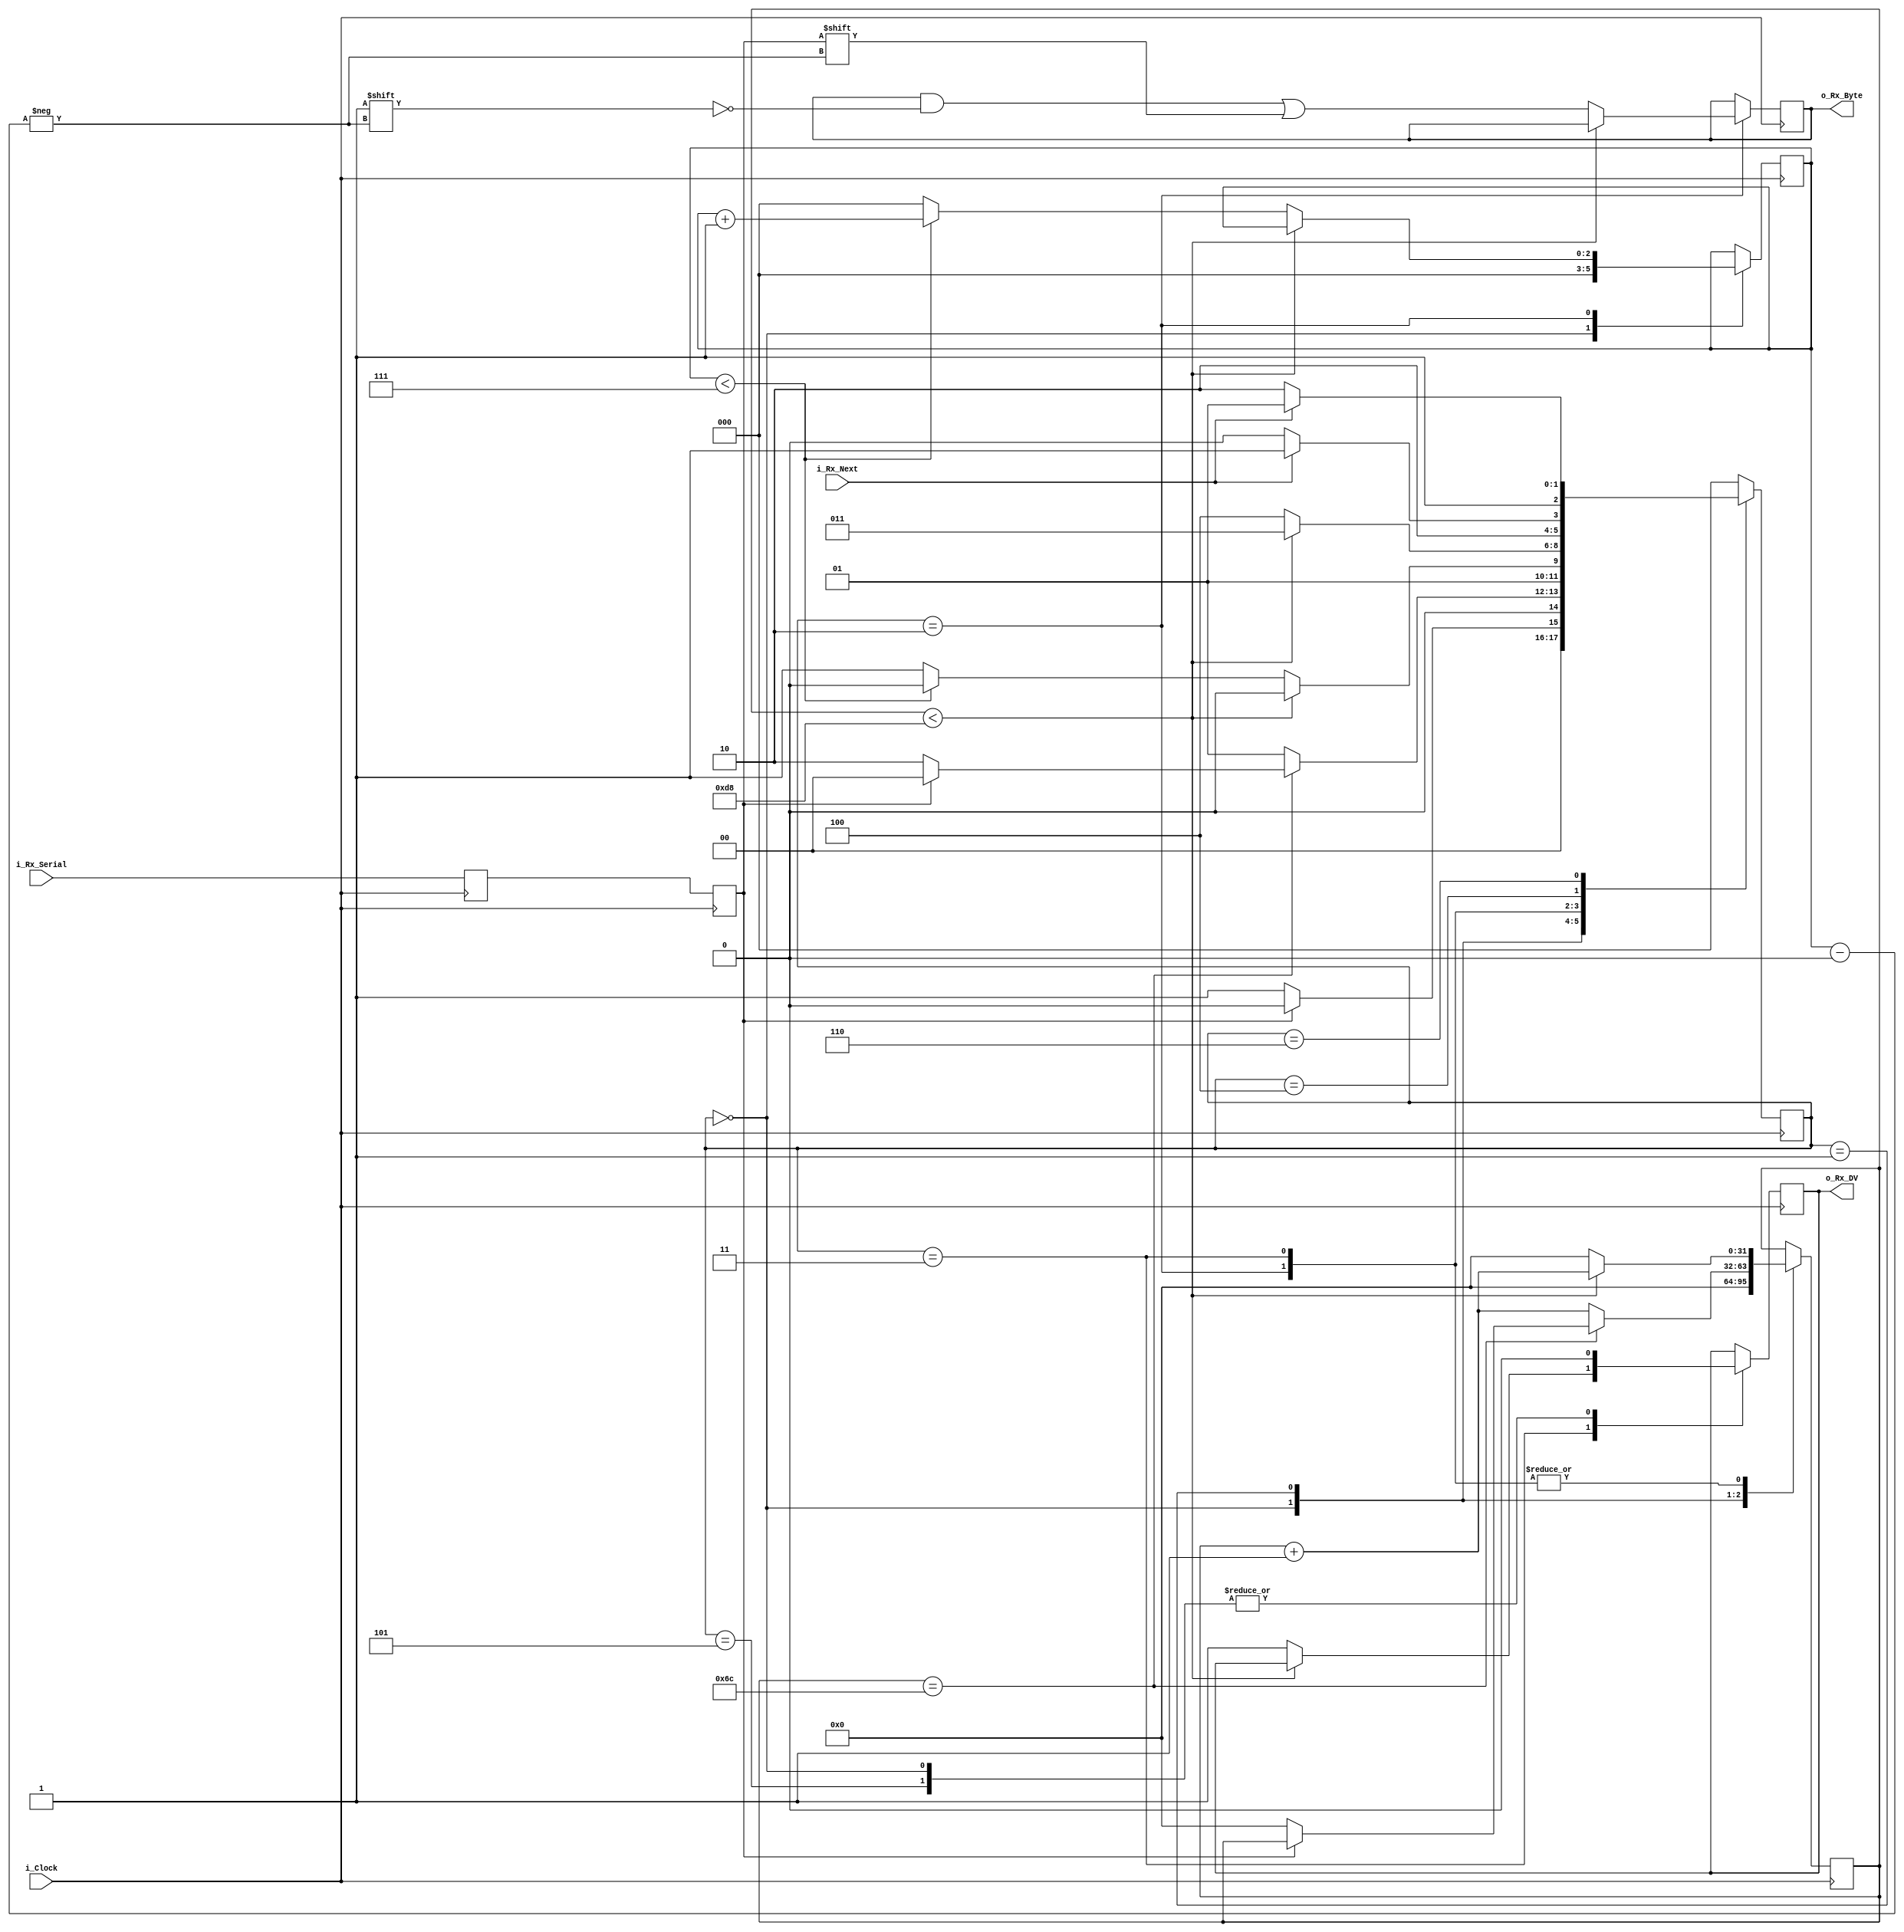
module uart_rx 
  #(parameter CLKS_PER_BIT = 217)  //217
  (
   input        i_Clock,            // Connect to memory clock for better performance
   input        i_Rx_Serial,
   input        i_Rx_Next,          // Start to detect for the next if high
   output       o_Rx_DV,            // Assert when data ready
   output [7:0] o_Rx_Byte
   );
    
  localparam s_IDLE           = 3'b000;
  localparam s_RX_START_BIT   = 3'b001;
  localparam s_RX_DATA_BITS   = 3'b010;
  localparam s_RX_STOP_BIT    = 3'b011;
  localparam s_WAIT_FOR_NEXT  = 3'b100;
  localparam s_WAIT_FOR_NEXT_1  = 3'b110;
  localparam s_CLEANUP        = 3'b101;
   
  reg           r_Rx_Data_R = 1'b1;
  reg           r_Rx_Data   = 1'b1;
   
  reg [31:0]    r_Clock_Count = 0;
  reg [2:0]     r_Bit_Index   = 0; //8 bits total
  reg [7:0]     r_Rx_Byte     = 0; //bits read
  reg           r_Rx_DV       = 0;
  reg [2:0]     r_SM_Main     = 0;
   
  // Purpose: Double-register the incoming data.
  // This allows it to be used in the UART RX Clock Domain.
  // (It removes problems caused by metastability)
  always @(posedge i_Clock)
    begin
      r_Rx_Data_R <= i_Rx_Serial;
      r_Rx_Data   <= r_Rx_Data_R;
    end
   
   
  // Purpose: Control RX state machine
  always @(posedge i_Clock)
    begin
       
      case (r_SM_Main)
        s_IDLE :
          begin
            r_Rx_DV       <= 1'b0;
            r_Clock_Count <= 0;
            r_Bit_Index   <= 0;
             
            if (r_Rx_Data == 1'b0)          // Start bit detected and 
              r_SM_Main <= s_RX_START_BIT;
            else
              r_SM_Main <= s_IDLE;
          end
         
        // Check middle of start bit to make sure it's still low
        s_RX_START_BIT :
          begin
            if (r_Clock_Count == (CLKS_PER_BIT-1)/2)
              begin
                if (r_Rx_Data == 1'b0)
                  begin
                    r_Clock_Count <= 0;  // reset counter, found the middle
                    r_SM_Main     <= s_RX_DATA_BITS;
                  end
                else
                  r_SM_Main <= s_IDLE;
              end
            else
              begin
                r_Clock_Count <= r_Clock_Count + 1;
                r_SM_Main     <= s_RX_START_BIT;
              end
          end // case: s_RX_START_BIT
         
         
        // Wait CLKS_PER_BIT-1 clock cycles to sample serial data
        s_RX_DATA_BITS :
          begin
            if (r_Clock_Count < CLKS_PER_BIT-1)
              begin
                r_Clock_Count <= r_Clock_Count + 1;
                r_SM_Main     <= s_RX_DATA_BITS;
              end
            else
              begin
                r_Clock_Count          <= 0;
                r_Rx_Byte[r_Bit_Index] <= r_Rx_Data;
                 
                // Check if we have received all bits
                if (r_Bit_Index < 7)
                  begin
                    r_Bit_Index <= r_Bit_Index + 1;
                    r_SM_Main   <= s_RX_DATA_BITS;
                  end
                else
                  begin
                    r_Bit_Index <= 0;
                    r_SM_Main   <= s_RX_STOP_BIT;
                  end
              end
          end // case: s_RX_DATA_BITS
     
     
        // Receive Stop bit.  Stop bit = 1
        s_RX_STOP_BIT :
          begin
            // Wait CLKS_PER_BIT-1 clock cycles for Stop bit to finish
            // However we can call our little CPU earlier
            
            
            if (r_Clock_Count < CLKS_PER_BIT-1)
              begin
                r_Clock_Count <= r_Clock_Count + 1;
                r_SM_Main     <= s_RX_STOP_BIT;
              end
            else
              begin
                r_Clock_Count <= 0;
                r_Rx_DV           <= 1'b1;
                r_SM_Main     <= s_WAIT_FOR_NEXT;
              end
          end // case: s_RX_STOP_BIT
          
        s_WAIT_FOR_NEXT:
          begin
          
            if (i_Rx_Next)
              begin
                // Okay, we can go to CLEANUP
                r_SM_Main     <= s_CLEANUP;
              end
            else
              begin
                r_SM_Main     <= s_WAIT_FOR_NEXT;
              end
          end

        s_WAIT_FOR_NEXT_1:
          begin
            if (i_Rx_Next==1)
              begin
                // Okay, we can go to CLEANUP
                r_SM_Main     <= s_CLEANUP;
              end
            else
              begin
                r_SM_Main     <= s_WAIT_FOR_NEXT_1;
              end
          end
        
         
        // Stay here 1 clock
        s_CLEANUP :
          begin
            r_SM_Main <= s_IDLE;
            r_Rx_DV   <= 1'b0;
          end
         
         
        default :
          r_SM_Main <= s_IDLE;
         
      endcase
    end   
   
  assign o_Rx_DV   = r_Rx_DV;
  assign o_Rx_Byte = r_Rx_Byte;
   
endmodule // uart_rx